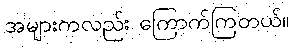
အများကလည်း ကြောက်ကြတယ်။